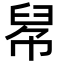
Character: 𢃵